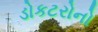
ડોકટરોનો